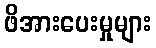
ဖိအားပေးမှုများ